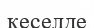
кеселде